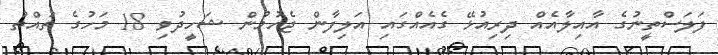
ފަލަސްތީނުގެ އާއިލާއެއް ދިރިއުޅޭ ގެއެއްގައި އަލިފާން ޖެހުމުން ޝަހީދުވި 18 މަހުގެ ތުއްތު